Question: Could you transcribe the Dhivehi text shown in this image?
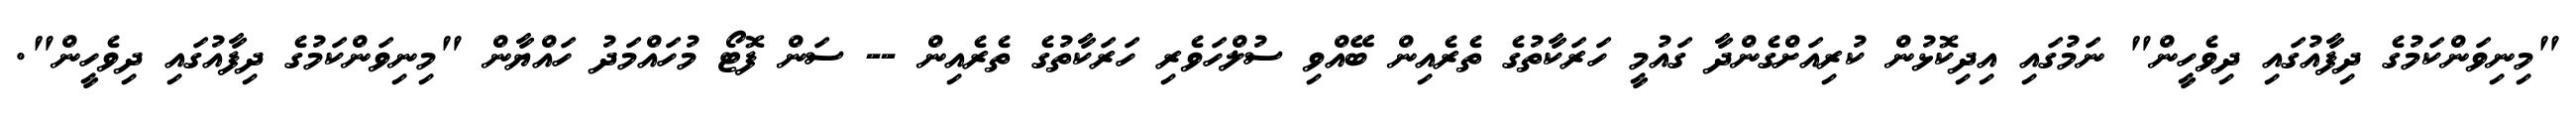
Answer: "މިނިވަންކަމުގެ ދިފާއުގައި ދިވެހީން" ނަމުގައި އިދިކޮޅުން ކުރިއަށްގެންދާ ގައުމީ ހަރަކާތުގެ ތެރެއިން ބޭއްވި ސުލްހަވެރި ހަރަކާތުގެ ތެރެއިން -- ސަން ފޮޓޯ މުހައްމަދު ހައްޔާން "މިނިވަންކަމުގެ ދިފާއުގައި ދިވެހީން".